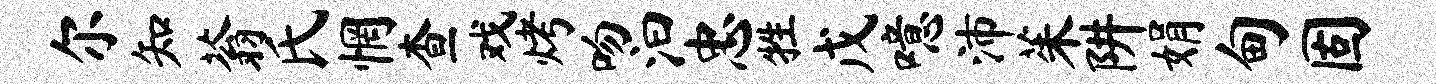
尔知蓊氏惘查戏烤吻汩忠牲戊噫沛茱阱娟甸固